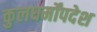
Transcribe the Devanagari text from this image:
कुलधर्मोंपदेश